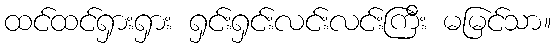
ထင်ထင်ရှားရှား ရှင်းရှင်းလင်းလင်းကြီး မမြင်သာ။